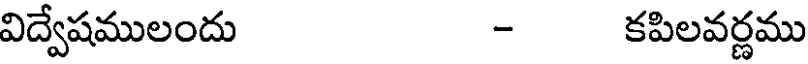
విద్వేషములందు - కపిలవర్ణము